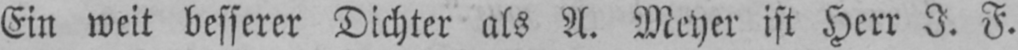
Ein weit besserer Dichter als A. Meyer ist Herr J. F.